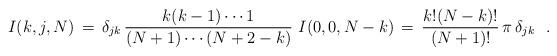
LaTeX: \begin{align*}I(k,j,N)\,=\, \delta_{jk}\,\frac{k(k-1)\cdots 1}{(N+1)\cdots (N+2-k)}\ I(0,0,N-k) \,=\, \frac{k!(N-k)!}{(N+1)!}\, \pi\, \delta_{jk}\ \ .\end{align*}